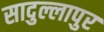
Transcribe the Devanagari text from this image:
सादुल्लापुर